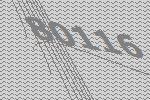
80116